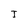
Character: I